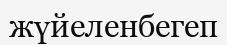
жүйеленбегеп